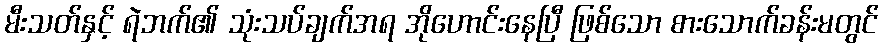
မီးသတ်နှင့် ရဲဘက်၏ သုံးသပ်ချက်အရ အိုဟောင်းနေပြီ ဖြစ်သော စားသောက်ခန်းမတွင်